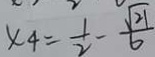
x _ { 4 } = \frac { 1 } { 2 } - \frac { \sqrt { 2 1 } } { 6 }